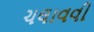
ચલાવવી